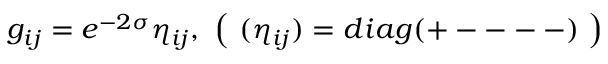
g _ { i j } = e ^ { - 2 \sigma } \eta _ { i j } , ~ \left( ~ ( \eta _ { i j } ) = d i a g ( + --- - ) ~ \right)